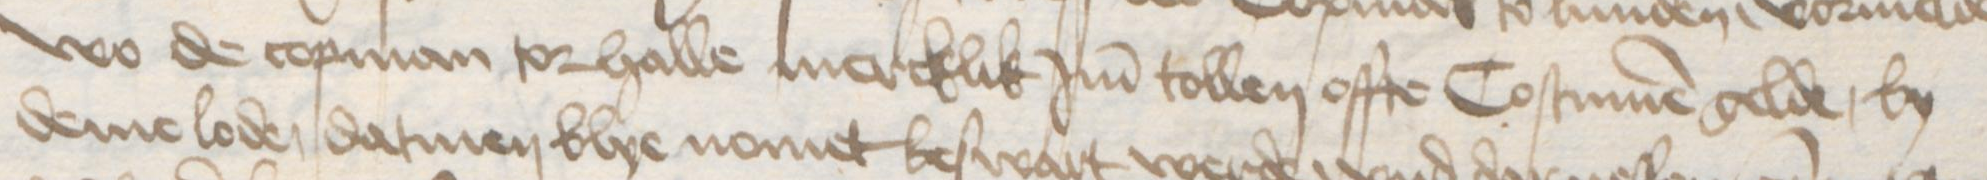
Transcription: wo de copman tor halle mercklik Jm tollen offte Costumen gelde, by